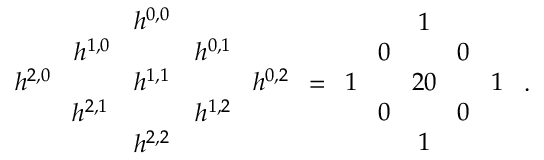
\begin{array} { c c c c c } { { } } & { { } } & { { h ^ { 0 , 0 } } } & { { } } & { { } } \\ { { } } & { { h ^ { 1 , 0 } \! } } & { { } } & { { \! h ^ { 0 , 1 } \! } } & { { } } \\ { { h ^ { 2 , 0 } \! } } & { { \! } } & { { h ^ { 1 , 1 } } } & { { \! } } & { { \! h ^ { 0 , 2 } } } \\ { { } } & { { h ^ { 2 , 1 } } } & { { } } & { { h ^ { 1 , 2 } } } & { { } } \\ { { } } & { { } } & { { h ^ { 2 , 2 } } } & { { } } & { { } } \end{array} = \begin{array} { c c c c c } { { } } & { { } } & { { 1 } } & { { } } & { { } } \\ { { } } & { { 0 \! } } & { { } } & { { \! 0 } } & { { } } \\ { { 1 \! } } & { { \! } } & { { 2 0 } } & { { \! } } & { { \! 1 } } \\ { { } } & { { 0 \! } } & { { } } & { { \! 0 } } & { { } } \\ { { } } & { { } } & { { 1 } } & { { } } & { { } } \end{array} \ .